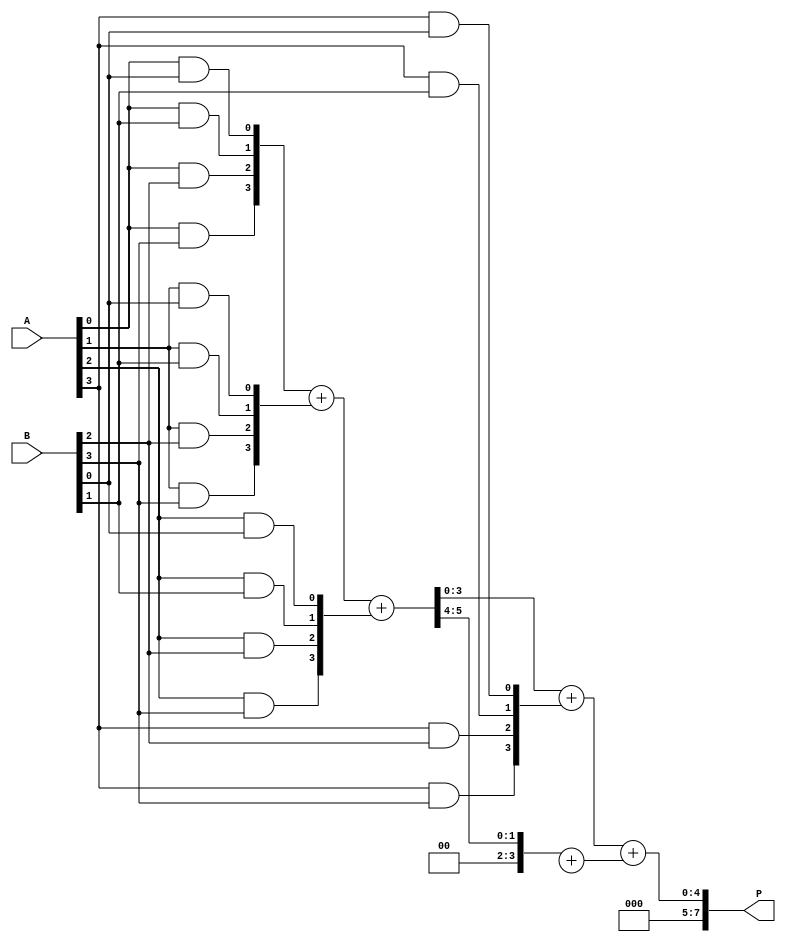
module wallace_tree_multiplier #(parameter N = 4) (  // N is the bit-width of inputs
    input [N-1:0] A,          // Multiplicand
    input [N-1:0] B,          // Multiplier
    output reg [2*N-1:0] P    // Product output
);

    wire [N-1:0] pp[N-1:0];   // Partial products
    wire [N-1:0] sum[N-1:0];  // Sum wires
    wire [N-1:0] carry[N-1:0]; // Carry wires

    // Generate Partial Products
    genvar i, j;
    generate
        for (i = 0; i < N; i = i + 1) begin: pp_gen
            for (j = 0; j < N; j = j + 1) begin: pp_inner
                assign pp[i][j] = A[i] & B[j];  // AND operation for partial product
            end
        end
    endgenerate

    // Wallace Tree Reduction
    // Stage 1: Reduce partial products
    genvar s;
    generate
        for (s = 0; s < N; s = s + 1) begin: stage1
            if (s < N/3) begin
                // Grouping in sets of three
                assign {carry[s], sum[s]} = pp[s*3] + pp[s*3+1] + pp[s*3+2];
            end else begin
                assign sum[s] = pp[s*3];  // Remaining products
            end
        end
    endgenerate

    // Intermediate results re-grouping
    wire [N-1:0] final_sum;
    wire [N-1:0] final_carry;
    
    // Stage 2: Continue reduction by re-grouping
    assign final_sum = sum[0] + sum[1];  // Add two results
    assign final_carry = carry[0] + carry[1];  // Carry out

    // Final addition
    always @(*) begin
        P = final_sum + final_carry;  // Final product
    end

endmodule